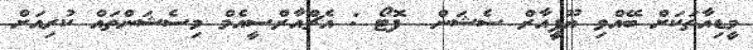
މީޑިއާތަކަށް ބޭއްވި ޔޫޕީއާރް ސެޝަން  ފޮޓޯ : އެޗްއާރްސީއެމް މިސެޝަންތައް ކުރިއަށް